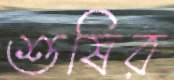
শুষির